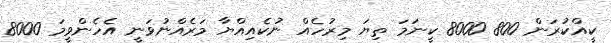
ކީއްކުރަން 800 8000 ކީނަމަ ތިޔަ މިރުހެއް ނުކެއިއްޔާ މަރެެއްނުވަނީ އެހެންވީމަ 8000